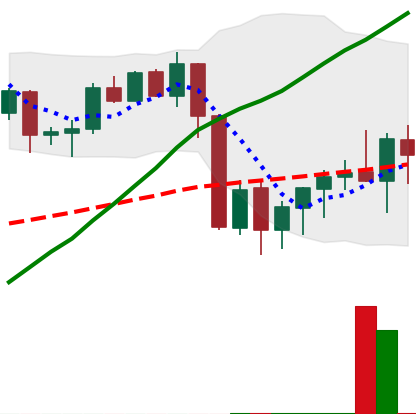
Ticker: XMR-USD
Chart end date: 2020-09-12
Forward return: 6.845%
Label: up_5_7